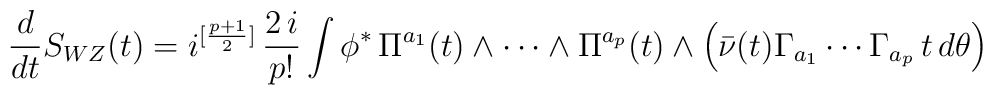
\frac{d}{dt} S_{WZ}(t) = i^{[\frac{p+1}{2}]} \, \frac{2 \, i}{p! } \int \phi^* \, \Pi^{a_1}(t) \wedge \cdots \wedge \Pi^{a_p}(t) \wedge \left( \bar{\nu}(t) \Gamma_{a_1} \cdots \Gamma_{a_p} \, t \, d\theta \right)